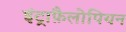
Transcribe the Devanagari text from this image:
इंट्राफ़ैलोपियन